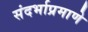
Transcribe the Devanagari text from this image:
संदर्भाप्रमाणे